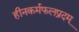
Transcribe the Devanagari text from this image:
हीनकर्मफलप्रदम्